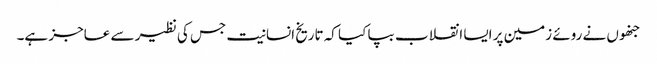
جنھوں نے روئے زمین پر ایسا انقلاب بپا کیا کہ تاریخ انسانیت جس کی نظیر سے عاجز ہے۔